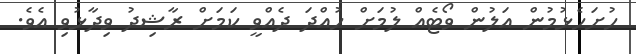
ހުށަހެޅުމުން އަލުން ވޯޓެއް ލުމަށް ހުއްދަ ދެއްވީ ކަމަށް ރާޝިދު ވިދާޅުވި އެވެ.